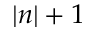
| n | + 1